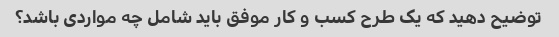
توضیح دهید که یک طرح کسب و کار موفق باید شامل چه مواردی باشد؟